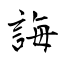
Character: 誨